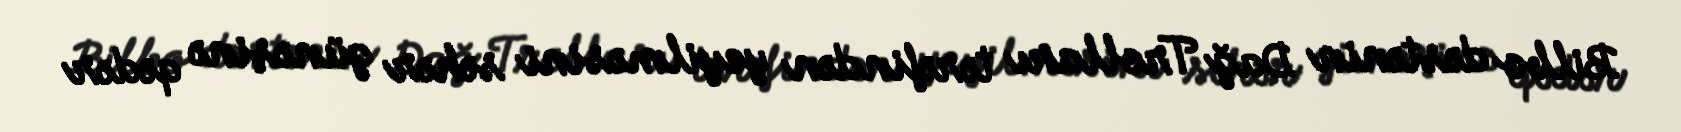
Bilbo dəstənin Dağ Trolları tərəfindən yeyilməsini səhər günəşinə qədər